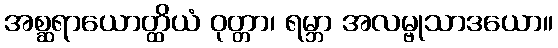
အစ္ဆရာယောတ္ထိယံ ဝုတ္တာ၊ ရမ္ဘာ အလမ္ဗုသာဒယော။